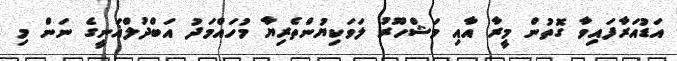
އަޑުއަރާފައިވާ ގޮތުން މީރާ އާއި މަޝްހޫރު ލަވަކިޔުންތެރިޔާ މުހައްމަދު އަބްދުލްޣަނީގެ ނަން މި